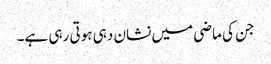
جن کی ماضی میں نشان دہی ہوتی رہی ہے۔